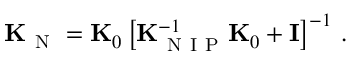
{ \bf K } _ { \mathrm { ~ N ~ } } = { \bf K } _ { 0 } \left[ { \bf K } _ { \mathrm { ~ N ~ I ~ P ~ } } ^ { - 1 } { \bf K } _ { 0 } + { \bf I } \right] ^ { - 1 } \, .